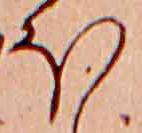
ほ